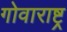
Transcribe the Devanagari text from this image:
गोवाराष्ट्र